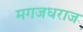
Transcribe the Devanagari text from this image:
मगजधराज